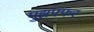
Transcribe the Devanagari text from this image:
मुझफ्फर